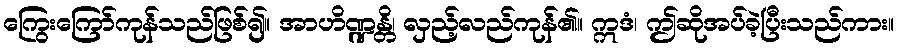
ကြွေးကြော်ကုန်သည်ဖြစ်၍။ အာဟိဏ္ဍန္တိ၊ လှည့်လည်ကုန်၏။ ဣဒံ၊ ဤဆိုအပ်ခဲ့ပြီးသည်ကား။